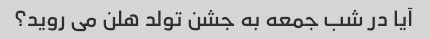
آیا در شب جمعه به جشن تولد هلن می روید؟